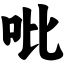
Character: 吡